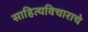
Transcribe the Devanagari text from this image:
साहित्यविचाराचे